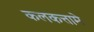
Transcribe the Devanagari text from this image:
कलकत्तामे